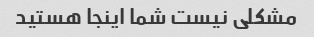
مشکلی نیست شما اینجا هستید